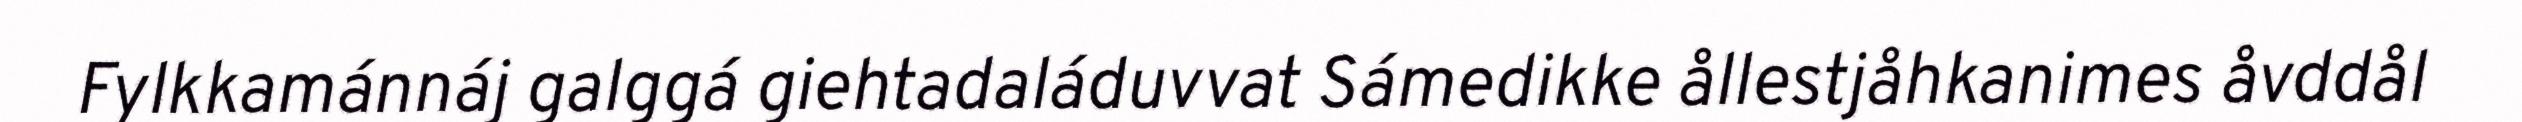
Fylkkamánnáj galggá giehtadaláduvvat Sámedikke ållestjåhkanimes åvddål